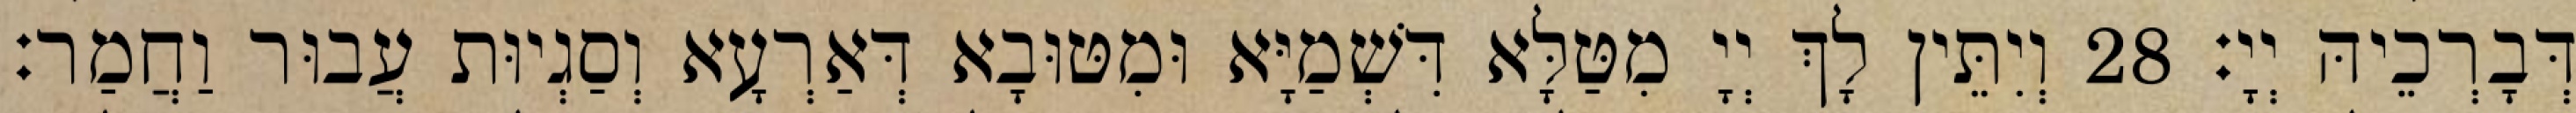
דְּבָרְכֵיהּ יְיָ׃ 28 וְיִתֵּין לָךְ יְיָ מִטַּלָּא דִּשְׁמַיָּא וּמִטּוּבָא דְּאַרְעָא וְסַגְיוּת עֲבוּר וַחֲמַר׃